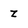
Character: Z